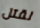
لقتل